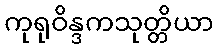
ကုရုဝိန္ဒကသုတ္တိယာ